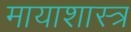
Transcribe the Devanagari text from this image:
मायाशास्त्र